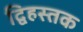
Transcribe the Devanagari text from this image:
द्विहस्तक